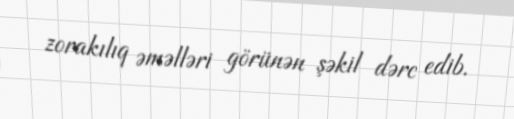
zorakılıq əməlləri görünən şəkil dərc edib.